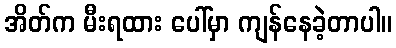
အိတ်က မီးရထား ပေါ်မှာ ကျန်နေခဲ့တာပါ။